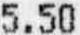
5.50